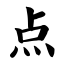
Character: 点